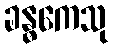
ခန္ဓကေသု